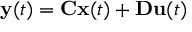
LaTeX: \mathbf { y } ( t ) = \mathbf { C } \mathbf { x } ( t ) + \mathbf { D } \mathbf { u } ( t )